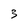
Character: 3